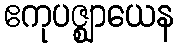
ဧကုပဇ္ဈာယေန